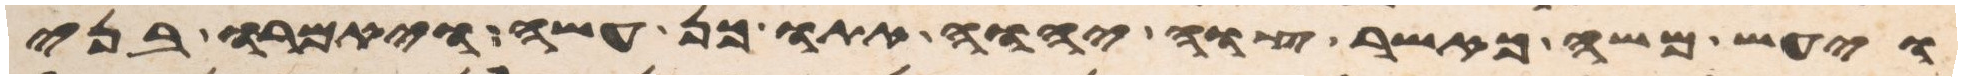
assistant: ויעש משה כאשר צוה יהוה אתו כן עשה ויאמרו בני